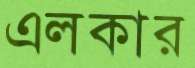
এলকার